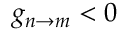
g _ { n \rightarrow m } < 0